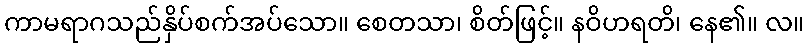
ကာမရာဂသည်နှိပ်စက်အပ်သော။ စေတသာ၊ စိတ်ဖြင့်။ နဝိဟရတိ၊ နေ၏။ လ။